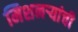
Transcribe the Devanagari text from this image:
मिशनऱ्यांची